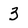
Character: 3